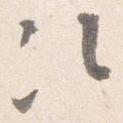
次